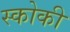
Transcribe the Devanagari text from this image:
स्कोकी